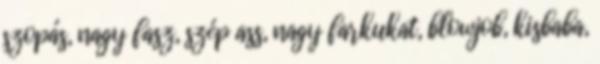
szopás, nagy fasz, szép ass, nagy farkukat, blowjob, kisbaba,